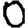
Digit: 0